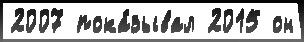
2007 пока́зывал 2015 он